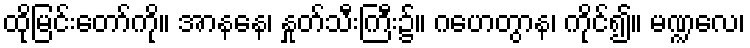
ထိုမြင်းတော်ကို။ အာနနေ၊ နှုတ်သီးကြီး၌။ ဂဟေတွာန၊ ကိုင်၍။ မဏ္ဍလေ၊